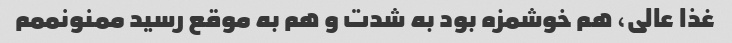
غذا عالی، هم خوشمزه بود به شدت و هم به موقع رسید ممنونممم